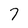
Character: 7